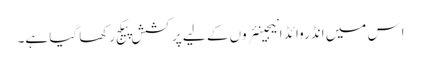
اِس میں انڈروائڈ انیجینئروں کے لیے پرکشش پیکج رکھا گیا ہے۔